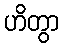
ဟိတွာ